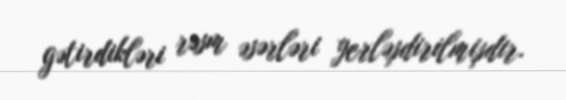
gətirdikləri rəsm əsərləri yerləşdirilmişdir.